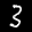
Label: 3